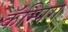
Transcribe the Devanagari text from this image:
कॅम्पिंग